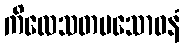
ကိလေသတမသောဓနံ